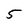
Character: 5